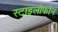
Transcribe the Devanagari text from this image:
स्टाइलोफोन